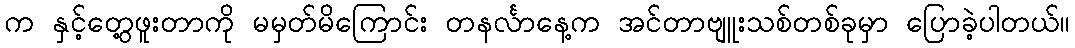
က နှင့်တွေ့ဖူးတာကို မမှတ်မိကြောင်း တနင်္လာနေ့က အင်တာဗျူးသစ်တစ်ခုမှာ ပြောခဲ့ပါတယ်။